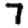
Digit: 7